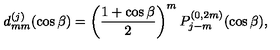
d _ { m m } ^ { ( j ) } ( \cos \beta ) = \left( \frac { 1 + \cos \beta } { 2 } \right) ^ { m } P _ { j - m } ^ { ( 0 , 2 m ) } ( \cos \beta ) ,